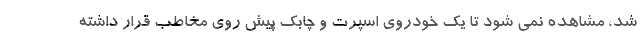
شد، مشاهده نمی شود تا یک خودروی اسپرت و چابک پیش روی مخاطب قرار داشته